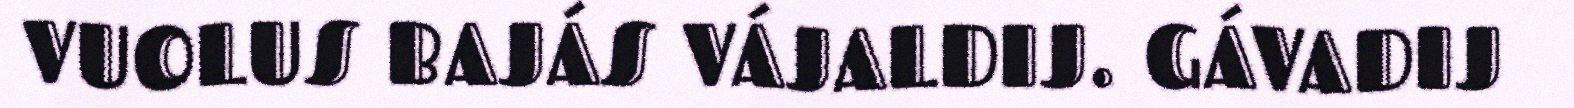
VUOLUS BAJÁS VÁJALDIJ. GÁVADIJ